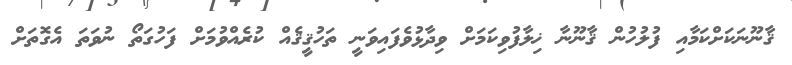
ޤާނޫނަކަށްކަމާއި ފުލުހުން ޤާނޫނާ ޚިލާފުވިކަމަށް ވިދާޅުވެފައިވަނީ ތަހުޤީޤެއް ކުރެއްވުމަށް ފަހުގަތޯ ނުވަތަ އެގޮތަށް